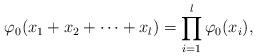
LaTeX: \begin{align*} \varphi_{0}(x_{1}+x_2+\cdots+x_{l})=\prod_{i=1}^{l}\varphi_{0}(x_{i}) , \end{align*}